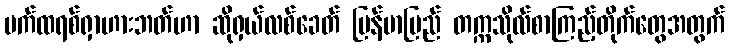
ပက်ထရစ်ရှာဟားဘတ်ဟာ ဆိုရှယ်လစ်ခေတ် မြန်မာပြည် တက္ကသိုလ်စာကြည့်တိုက်တွေအတွက်